Annual report of the Camel Specialist
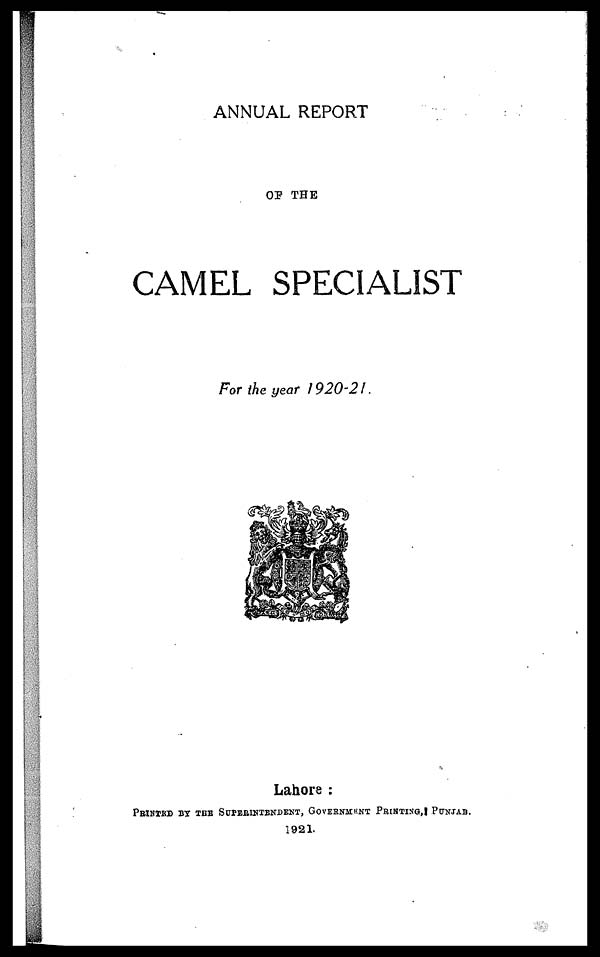
ANNUAL REPORT
OF THE
CAMEL SPECIALIST
For the year 1920-21.
Lahore :
PRINTED BY THE SUPERINTENDENT, GOVERNMENT
1921.